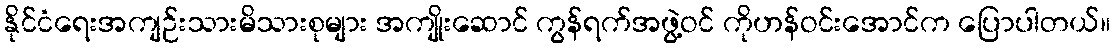
နိုင်ငံရေးအကျဉ်းသားမိသားစုများ အကျိုးဆောင် ကွန်ရက်အဖွဲ့ဝင် ကိုဟန်ဝင်းအောင်က ပြောပါတယ်။